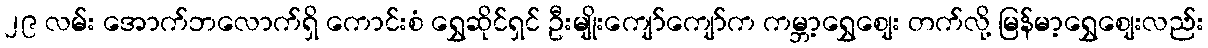
၂၉ လမ်း အောက်ဘလောက်ရှိ ကောင်းစံ ရွှေဆိုင်ရှင် ဦးမျိုးကျော်ကျော်က ကမ္ဘာ့ရွှေစျေး တက်လို့ မြန်မာ့ရွှေစျေးလည်း